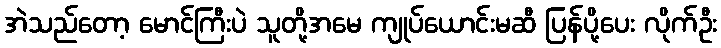
အဲသည်တော့ မောင်ကြီးပဲ သူတို့အမေ ကျုပ်ယောင်းမဆီ ပြန်ပို့ပေး လိုက်ဦး